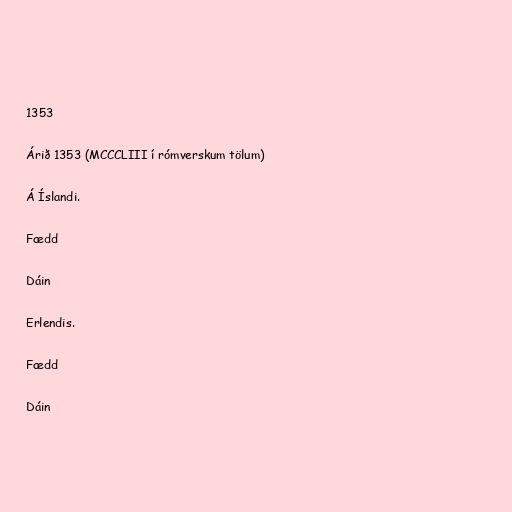
1353

Árið 1353 (MCCCLIII í rómverskum tölum)

Á Íslandi.

Fædd

Dáin

Erlendis.

Fædd

Dáin